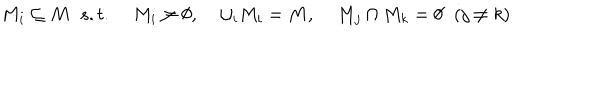
\hspace { 1 i n } M _ { i } \subseteq M \; \; s . t . \; M _ { i } \ne \emptyset , \; \cup _ { i } M _ { i } = M , \; M _ { j } \cap M _ { k } = \emptyset \; \; ( j \ne k )